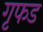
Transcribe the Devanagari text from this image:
गृफड